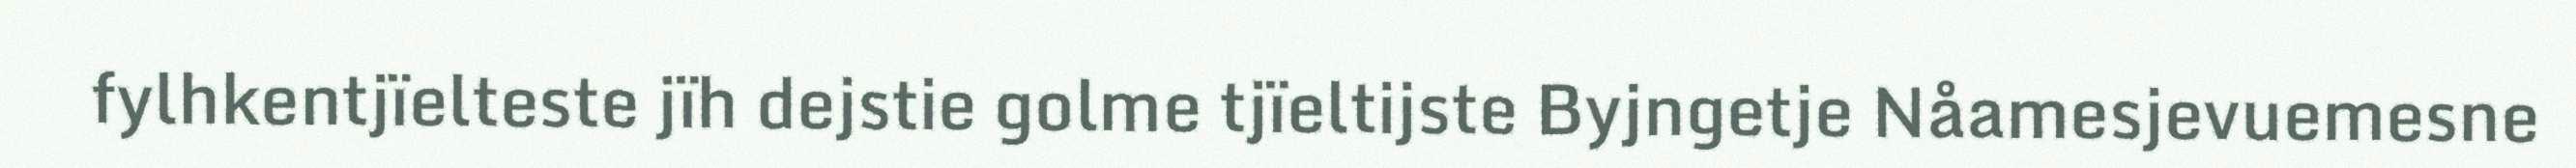
fylhkentjïelteste jïh dejstie golme tjïeltijste Byjngetje Nåamesjevuemesne